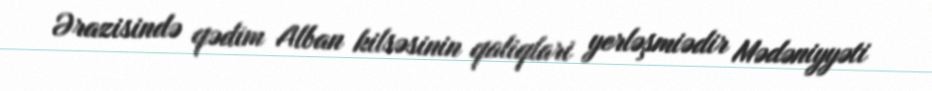
Ərazisində qədim Alban kilsəsinin qaliqlari yerləşmiədir Mədəniyyəti